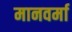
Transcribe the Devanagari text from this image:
मानवर्मा